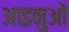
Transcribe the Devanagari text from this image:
आइनुओं